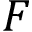
F